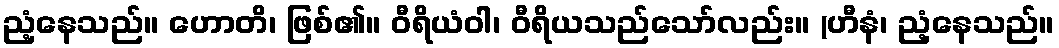
ညံ့နေသည်။ ဟောတိ၊ ဖြစ်၏။ ဝီရိယံဝါ၊ ဝီရိယသည်သော်လည်း။ (ဟီနံ၊ ညံ့နေသည်။